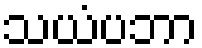
သယံပဘာ